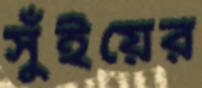
সুঁইয়ের